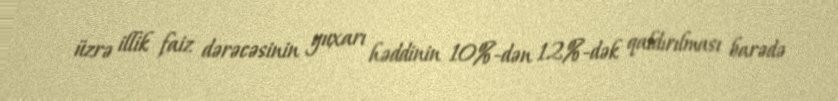
üzrə illik faiz dərəcəsinin yuxarı həddinin 10%-dən 12%-dək qaldırılması barədə